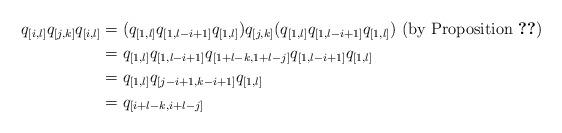
LaTeX: \begin{align*}q_{[i,l]}q_{[j,k]}q_{[i,l]} &= (q_{[1,l]}q_{[1,l-i+1]}q_{[1,l]})q_{[j,k]}(q_{[1,l]}q_{[1,l-i+1]}q_{[1,l]}) \textrm{ (by Proposition \ref{prop:qij})} \\&= q_{[1,l]}q_{[1,l-i+1]}q_{[1+l-k,1+l-j]}q_{[1,l-i+1]}q_{[1,l]} \\ &= q_{[1,l]}q_{[j-i+1,k-i+1]}q_{[1,l]} \\ &= q_{[i+l-k,i+l-j]} \end{align*}